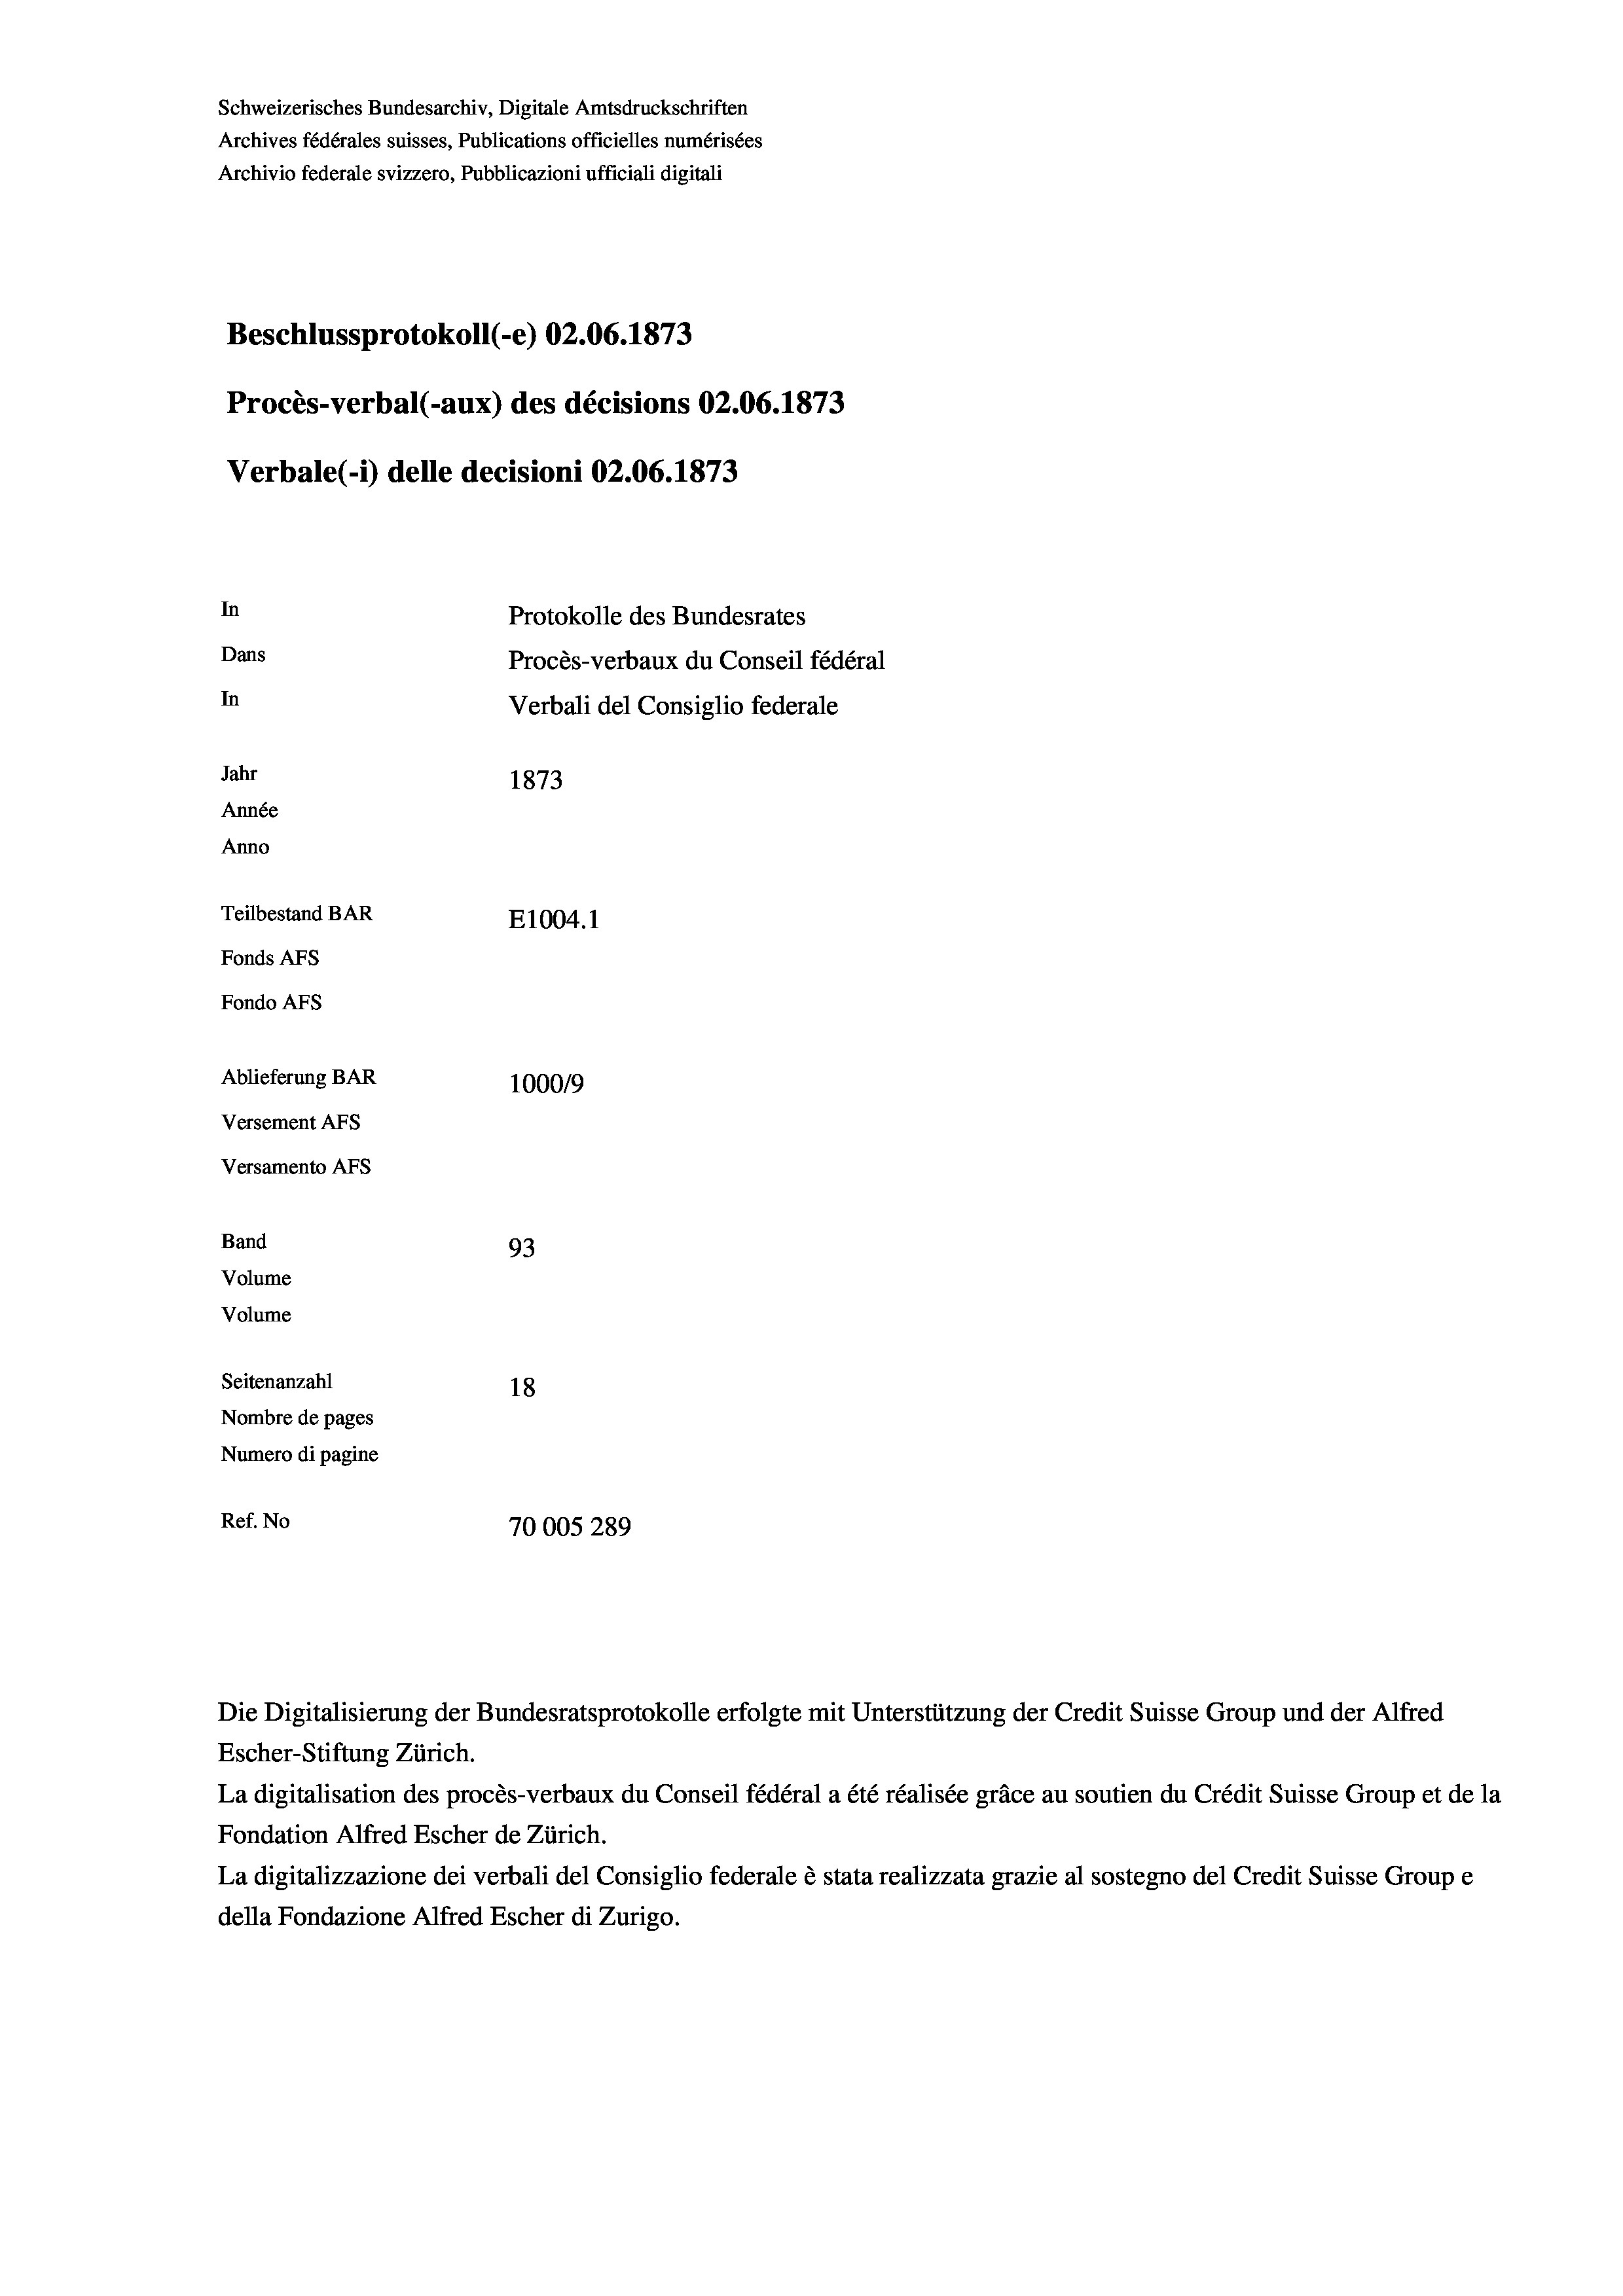
Schweizerisches Bundesarchiv, Digitale Amtsdruckschriften
Archives fédérales suisses, Publications officielles numérisées
Archivio federale svizzero, Pubblicazioni ufficiali digitali
Beschlussprotokoll (-e) 02.06. 1873
Procès-verbal (-aux) des décisions 02.06. 1873
Verbale(-*) delle decisioni 02.06. 1873
In
Protokolle des Bundesrates
Dans
Procès-verbaux du Conseil fédéral
In
Verbali del Consiglio federale
Jahr
1873
Année
Anno
Teilbestand BAR
E1004. 1
Fonds Afs
Fondo AFs
Ablieferung BAR
1000/9
Versement Abs
Versamento Afs
Band
93
Volume
Volume
Seitenanzahl
18

Nombre de pages
Numero di pagine
Ref. No
70005 289

Escher-Stiftung Zürich.
La digitalisation des procès-verbaux du Conseil fédéral a été réalisée gräce au soutien du Crédit Suisse Group et de la
Fondation Alfred Escher de Zürich.
La digitalizzazione dei verbali del Consiglio federale è stata realizzata grazie al sostegno del Credit Suisse Groupe
della Fondazione Alfred Escher di Zurigo.

Die Digitalisierung der Bundesratsprotokolle erfolgte mit Unterstützung der Credit Suisse Group und der Alfred